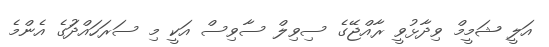
އަލީ ޝަމީމް ވިދާޅުވީ ރާއްޖޭގެ ސިވިލް ސާވިސް އަކީ މި ސަރަހައްދަުގެ އެންމެ